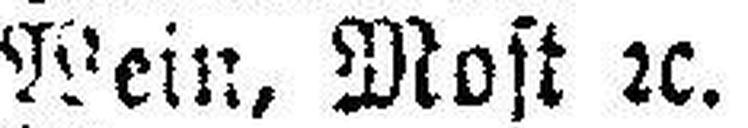
Wein, Most 2c.